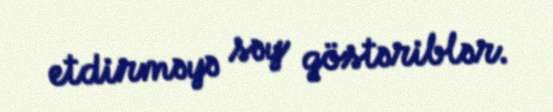
etdirməyə səy göstəriblər.